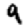
Digit: 9